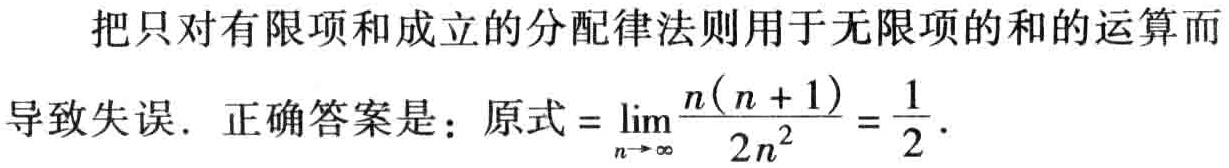
把只对有限项和成立的分配律法则用于无限项的和的运算而导致失误. 正确答案是：原式$=\lim\limits_{n\rightarrow\infty}\frac{n(n + 1)}{2n^{2}}=\frac{1}{2}$.